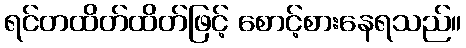
ရင်တထိတ်ထိတ်ဖြင့် စောင့်စားနေရသည်။